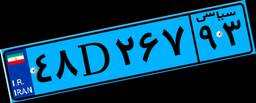
۴۸D۲۶۷۹۳